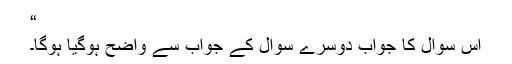
“
اس سوال کا جواب دوسرے سوال کے جواب سے واضح ہوگیا ہوگا۔